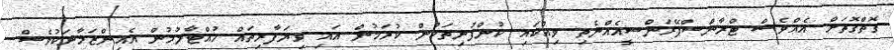
ގޮތްގޮތަށް އެއްވެސް ޓްރާންސްޕޭރަންސީއެއްނެތި ވިއްކައި ކުންފުނިތަކުން ކުރަމުން އައި ވިޔަފާރިތައް ހުއްޓާލުމުން އެއިންޒަމާނަކުވެސް